Medical and sanitary report of the native army of Bengal for the year
Year: 1875
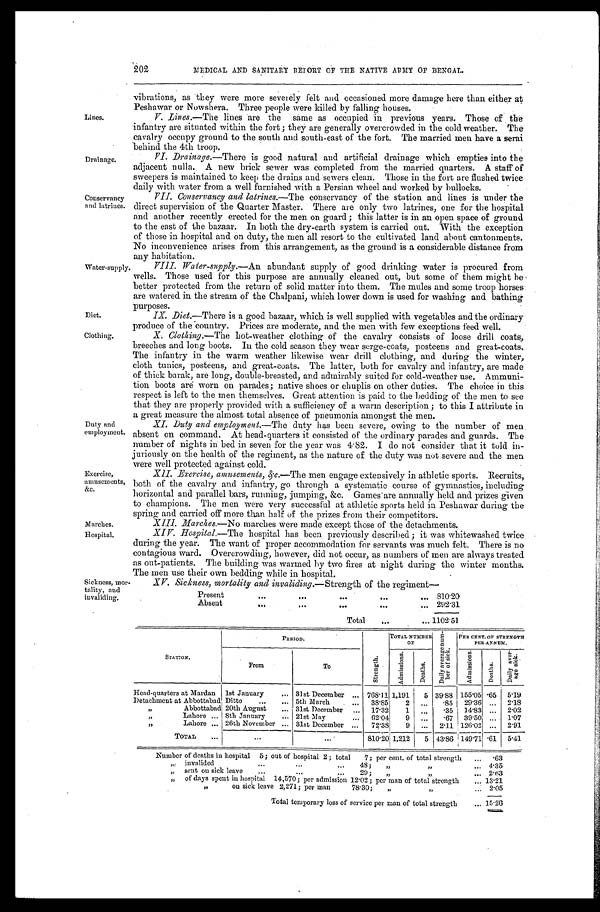
Marches.
Hospital.
Lines.
Drainage.
Conservancy
and latrines.
Water-supply
Diet.
Clothing.
Duty and
employment,
Exercise,
amusements,
&c.
202
MEDICAL AND SANITARY REPORT OF THE NATIVE ARMY OF BENGAL.
vibrations, as they were more severely felt and occasioned more damage here than either at
Peshawar or Nowshera. Three people were killed by falling houses.
V. Lines.—The lines are the same as occupied in previous years. Those of the
infantry are situated within the fort; they are generally overcrowded in the cold weather. The
cavalry occupy ground to the south and south-east of the fort. The married men have a serai
behind the 4th troop.
VI. Drainage.—There is good natural and artificial drainage which empties into the
adjacent nulla. A new brick sewer was completed from the married quarters. A staff of
sweepers is maintained to keep the drains and sewers clean. Those in the fort are flushed twice
daily with water from a well furnished with a Persian wheel and worked by bullo
c k s .
VII. Conservancy and latrines. —The conservancy of the station and lines is under the
direct supervision of the Quarter Master. There are only two latrines, one for the hospital
and another recently erected for the men on guard; this latter is in an open space of ground
to the east of the bazaar. In both the dry-earth system is carried out. With the exception
of those in hospital and on duty, the men all resort to the cultivated land about cantonments.
No inconvenience arises from this arrangement, as the ground is a considerable distance from
any habitation.
VIII. Water-suply. —An abundant supply of good drinking water is procured from
wells. Those used for this purpose are annually cleaned out, but some of them might be
better protected from the return of solid matter into them. The mules and some troop horses
are watered in the stream of the Chalpani, which lower down is used for washing and bathing
purposes.
IX. Diet.—There is a good bazaar, which is well supplied with vegetables and the ordinary
produce of the country. Prices are moderate, and the men with few exceptions feed well.
X. Clothing. —There hot-weather clothing of the cavalry consists or loose drill coats,
breeches and long boots. In the cold season they wear serge-coats, posteens and great-coats.
The infantry in the warm weather likewise wear drill clothing, and during the winter,
cloth tunics, posteens, and great-coats. The latter, both for cavalry and infantry, are made
of thick barak, are long, double-breasted, and admirably suited for cold-weather use. Ammuni-
tion boots are worn on parades; native shoes or chuplis on other duties. The choice in this
respect is left to the men themselves. Great attention is paid to the bedding of the men to see
that they are properly provided with a sufficiency of a warm description; to this I attribute in
a great measure the almost total absence of pneumonia amongst the men.
X I . D u t y a n d e m p l o y m e n t .—
T h e
d u t y h a s b e e n s e v e r e , o w i n g t o t h e n u m b e r o f m e n
absent on command. At head-quarters it consisted of the ordinary parades and guards. The
number of nights in bed in seven for the year was 4.82. I do not consider that it told in-
juriously on the health of the regiment, as the nature of the duty was not severe and the men
were well protected against cold.
XII. Exercise, amusements, &c.—The men engage extensively in athletic sports. Recruits,
both of the cavalry and infantry, go through a systematic course of gymnastics, including
horizontal and parallel bars, running, jumping, &c. Games are annually held and prizes given
to champions. The men were very successful at athletic sports held in Peshawar during the
spring and carried off more than half of the prizes from their competitors.
Sickness, mor-
tality, and
invaliding.
XIV. Marches.—No marches were made except those of the detachments.
X I V . H o s p i t a l .
— T h e
h o s p i t a l h a s b e e n p r e v i o u s l y d e s c r i b e d ; i t w a s w h i t e w a s h e d t w i c e
during the year. The want of proper accommodation for servants was much felt. There is no
contagious ward. Overcrowding, however, did not occur, as numbers of men are always treated
as out-patients. The building was warmed by two fires at night during the winter months.
The men use their own bedding while in hospital.
XV. Sickness, mortality and invaliding.—Strength of the regiment—
Present
810.20
Absent
2 9 2 . 3 1
Total
1102.51
STATION.
PERIOD.
S t r e n g t h .
TOTAL NUMBER
OF
D a i l y a v e r a g e n u m - b e r o f s i c k . PER CENT. OF STRENGTH
PER ANNUM.
From
To
A d m i s s i o n s .
D e a t h s .
A d m i s s i o n s .
D e a t h s .
D a i l y a v e r - a g e s i c k .
Head-quarters at Mardan 1st January
31st December
768.11 1,191 5 39.88 155.05 .65 5.19
Detachment at Abbottabad Ditto
5th March
3 8 . 8 5 2
. . .
. 8 5 29.36 ... 2.18
" Abbottabad 20th August
31st December
17.32
1
. . . .35 14.83 ... 2.02
" Lahore
8th January
21st May
62.04
9
. . . .67 39.50 .., 1.07
" Lahore
26th November
31st December
72.38 9 ... 2.11 126.02 ... 2.91
TOTAL
. . .
. . .
810.20 1,212 5 43.86 149.71 . 61 5.41
Number of deaths in hospital 5; out of hospital 2; total 7; per cent. of total strength
.63
" invalided 48; " "
4.35
„" sent ou sick leave 29;" ".. 2.63
" of days spent in hospital 14,570; per admission 12.02; per man of total strength
13.21
" on sick leave 2,271; per man. 78.30; " "
2.05
Total temporary loss of service per man of total strength
1 5 . 2 6